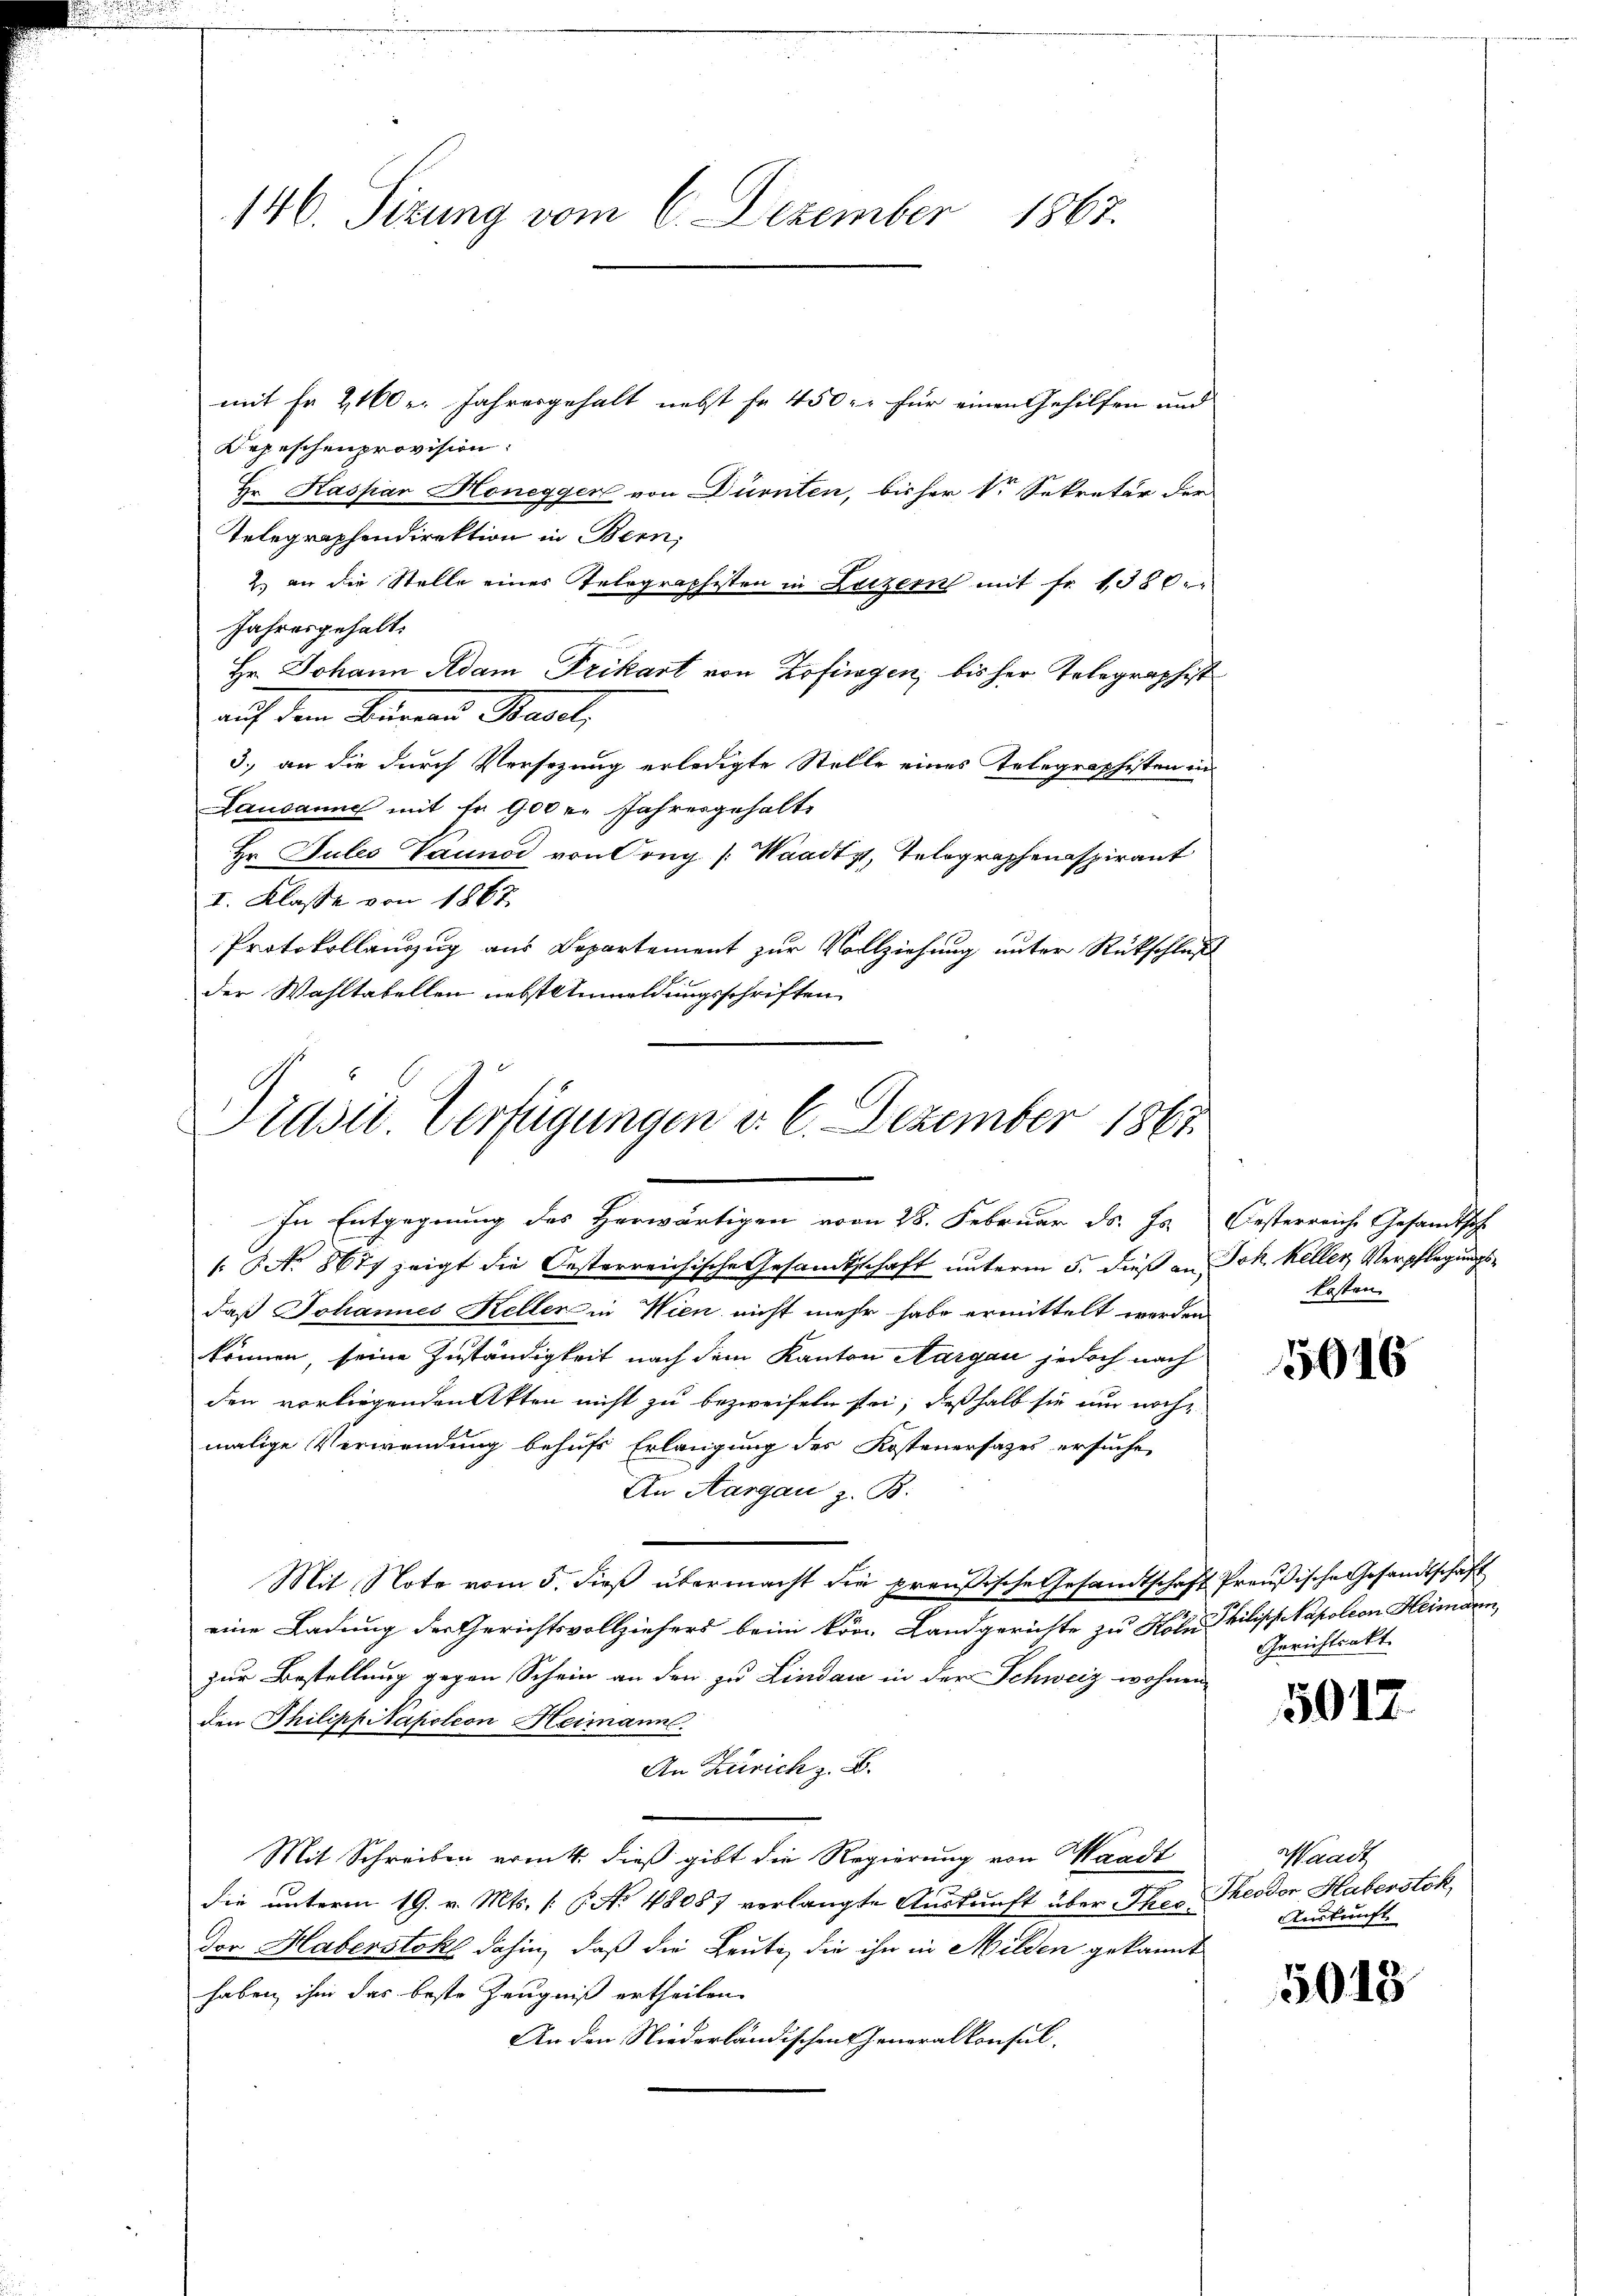
146. Sirung vom 6. Dezember 1867.
mit Fr. 2160 u. Jahresgehalt nebst fr. 450. für einen Gehilfen und
Depeschen provision:

Hr. Kaspar Honegger von Dürnten, bisher vor Sekretär der
Telegraphendirektion in Bern,
2.) an die Stelle eines Telegraphisten in Luzern mit fr. 1380.
Jahresgehalt.
Hr. Johann Adam Frikart von Zofingen, bisher Telegraphist
auf dem Sinnen Stadel,
3.) an die durch Versezung erledigte Stelle eines Telegraphisten in
Lausanne mit fr. 900 r. Jahresgehalte
Hr. Pules Vaunod von Orng /: Waadt, Telegraphenaspirant
I. Klasse von 1867.
Protokollanzug aus Departement zur Vollziehung unter Rückschluß
der Wahltabellen nebst Anmeldungsschriften

Pidsit. Verfügungen d. 6. Dezember 1867
In Entgegnung des Herwärtigen vom 28. Februar d. Js. Oesterreiche Gesandtsch

NNo. 8677 zeigt die Oesterreichische Gesandtschaft unterm 5. dieß an Joh. Keller, Verpflegungsdaß Johannes Keller in Wien nicht mehr habe ermittelt werden
können, seine Zuständigkeit nach dem Kanton Aargau jedoch nach
den vorliegenden Akten nicht zu bezweifeln sei; deßhalb sie nur noch
malige Verwendung behufs Erlangung des Kostenersatzes ersuche,
An Aargau z. B.
Mit Note vom 5. dieβ übermacht die preußische Gesandtschaft Preußische Gesandtschaft
eine Ladung der Gerichtsvollziehers beim kön. Landgerichte zu Kole Philisch Napoleon Heimann,
zur Bestellung gegen Schein an den zu Lindau in der Schweiz wohnen,
den Philipp Napoleon Heimann.
An Zürich z. B.
Mit Schreiben ermitt. dieß gibt die Regierung von Waadt
die unterm 19. v. Mts. 16. No 48087 verlangte Auskunft über Thecdor Haberstoks dahin, daß die Leute, die ihn in Milden gekannt
haben, ihm das beste Zeugniß ertheilen.
An den Niederländischen Generalkonsul-

kosten

5016

Gerichtsakt

5012.

Waadt
Theodor Haberstok
Auskunft.

5013